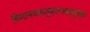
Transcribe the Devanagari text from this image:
विमानवाहतूकतज्ज्ञानुसार